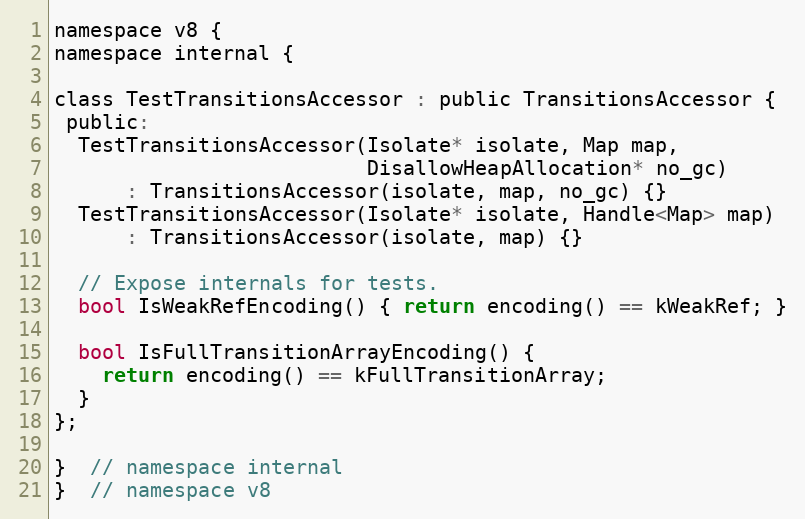
Language: C
namespace v8 {
namespace internal {

class TestTransitionsAccessor : public TransitionsAccessor {
 public:
  TestTransitionsAccessor(Isolate* isolate, Map map,
                          DisallowHeapAllocation* no_gc)
      : TransitionsAccessor(isolate, map, no_gc) {}
  TestTransitionsAccessor(Isolate* isolate, Handle<Map> map)
      : TransitionsAccessor(isolate, map) {}

  // Expose internals for tests.
  bool IsWeakRefEncoding() { return encoding() == kWeakRef; }

  bool IsFullTransitionArrayEncoding() {
    return encoding() == kFullTransitionArray;
  }
};

}  // namespace internal
}  // namespace v8